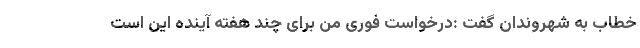
خطاب به شهروندان گفت :درخواست فوری من برای چند هفته آینده این است